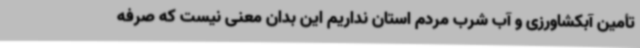
تأمین آبکشاورزی و آب شرب مردم استان نداریم این بدان معنی نیست که صرفه